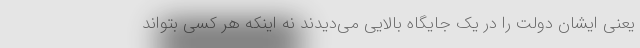
یعنی ایشان دولت را در یک جایگاه بالایی می‌دیدند نه اینکه هر کسی بتواند